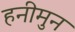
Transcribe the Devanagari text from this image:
हनीमुन